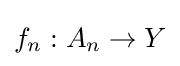
f_{n}:A_{n}\to Y